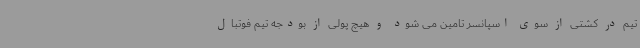
تیم در کشتی از سوی اسپانسر تامین می شود و هیچ پولی از بودجه تیم فوتبال